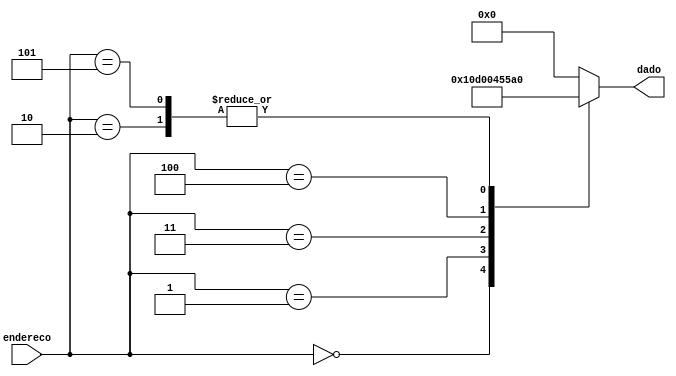
module ROM( endereco, dado );
	input [4:0] endereco;
	output [7:0] dado;

	reg [7:0] dado;
	
	always @*
		case (endereco)
			5'd0: dado = 8'b000_100_00;
			5'd1: dado = 8'b110_100_00;
			5'd2: dado = 8'b101_00000;
			5'd3: dado = 8'b000_001_00;
			5'd4: dado = 8'b010_101_01;
			5'd5: dado = 8'b101_00000;
			
			default: dado = 8'd0;
		endcase

endmodule